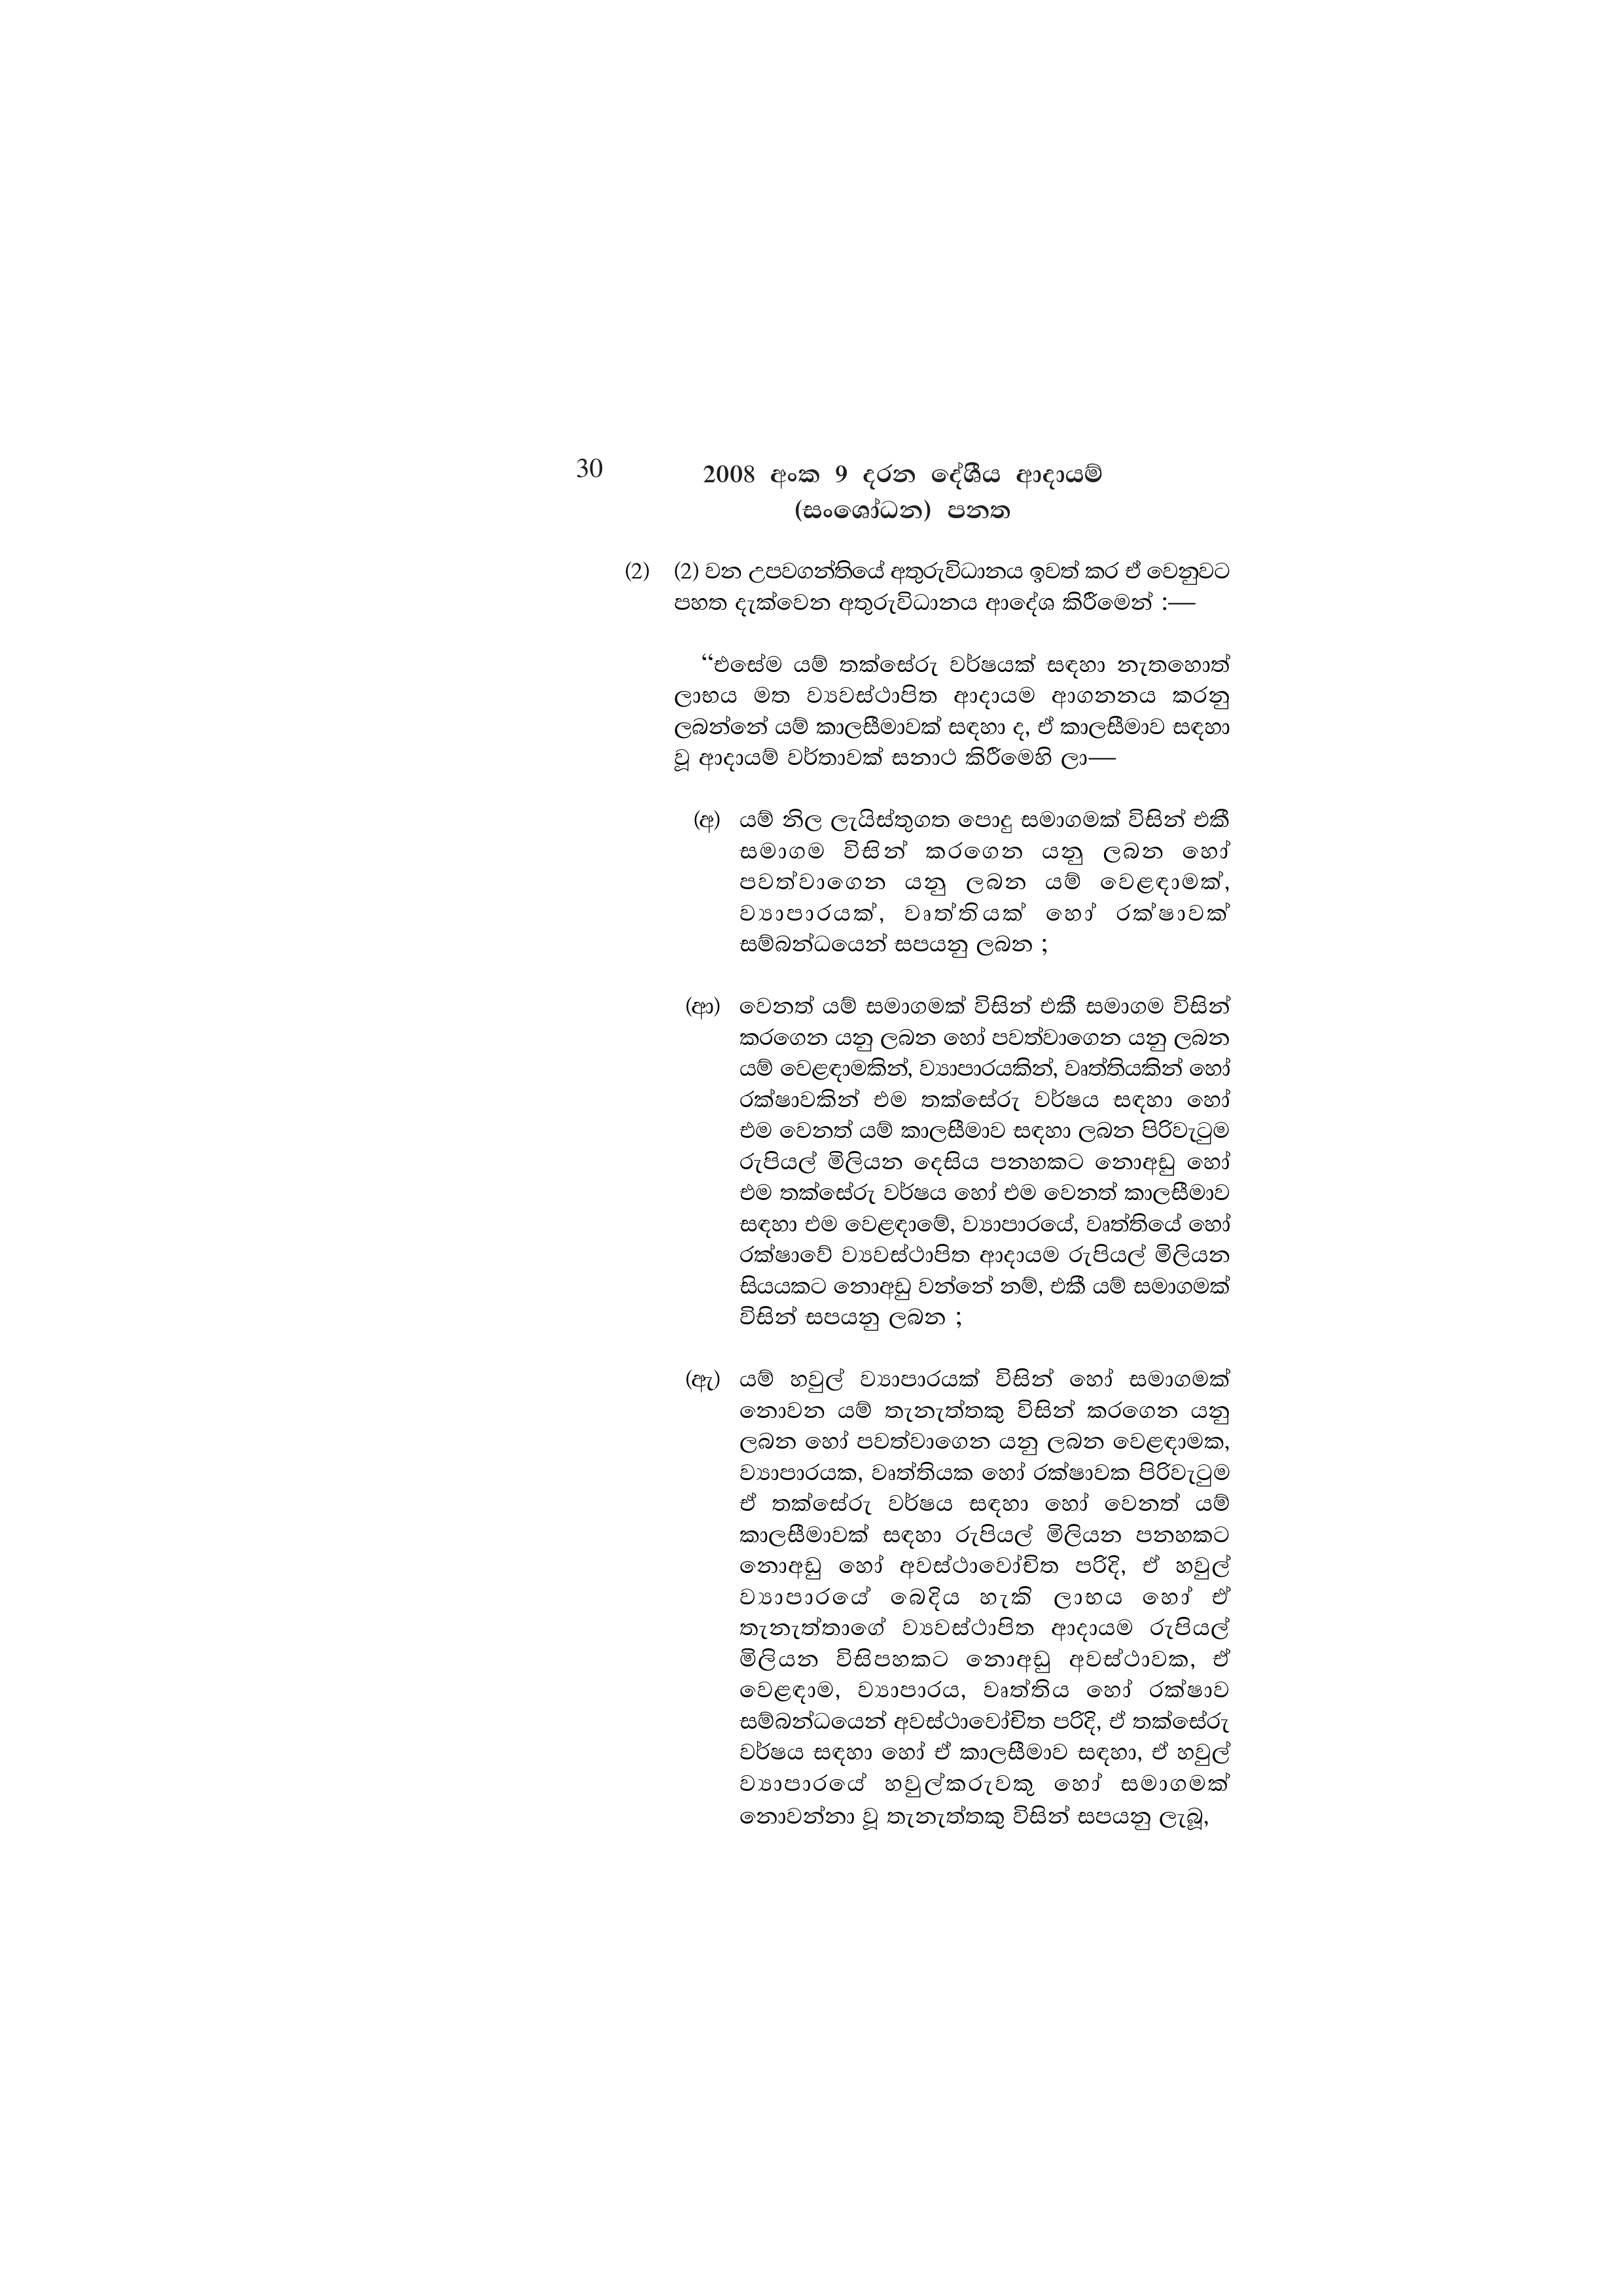
30 2008 අංක 9 දරන දේශීය ආදායම්
(සංශෝධන) පනත

(2) (2) වන උපවගන්තියේ අතුරුවිධානය ඉවත් කර ඒ වෙනුවට
පහත දැක්වෙන අතුරුවිධානය ආදේශ කිරීමෙන් :—

“එසේම යම් තක්සේරු වර්ෂයක් සඳහා නැතහොත්
ලාභය මත ව්‍යවස්ථාපිත ආදායම ආගනනය කරනු
ලබන්නේ යම් කාලසීමාවක් සඳහා ද, ඒ කාලසීමාව සඳහා
වූ ආදායම් වර්තාවක් සනාථ කිරීමෙහි ලා—

(අ) යම් නිල ලැයිස්තුගත පොදු සමාගමක් විසින් එකී
සමාගම විසින් කරගෙන යනු ලබන හෝ
පවත්වාගෙන යනු ලබන යම් වෙළඳාමක්,
ව්‍යාපාරයක්, වෘත්තියක් හෝ රක්ෂාවක්
සම්බන්ධයෙන් සපයනු ලබන ;

(ආ) වෙනත් යම් සමාගමක් විසින් එකී සමාගම විසින්
කරගෙන යනු ලබන හෝ පවත්වාගෙන යනු ලබන
යම් වෙළඳාමකින්, ව්‍යාපාරයකින්, වෘත්තියකින් හෝ
රක්ෂාවකින් එම තක්සේරු වර්ෂය සඳහා හෝ
එම වෙනත් යම් කාලසීමාව සඳහා ලබන පිරිවැටුම
රුපියල් මිලියන දෙසිය පනහකට නොඅඩු හෝ
එම තක්සේරු වර්ෂය හෝ එම වෙනත් කාලසීමාව
සඳහා එම වෙළඳාමේ, ව්‍යාපාරයේ, වෘත්තියේ හෝ
රක්ෂාවේ ව්‍යවස්ථාපිත ආදායම රුපියල් මිලියන
සියයකට නොඅඩු වන්නේ නම්, එකී යම් සමාගමක්
විසින් සපයනු ලබන ;

(ඇ) යම් හවුල් ව්‍යාපාරයක් විසින් හෝ සමාගමක්
නොවන යම් තැනැත්තකු විසින් කරගෙන යනු
ලබන හෝ පවත්වාගෙන යනු ලබන වෙළඳාමක,
ව්‍යාපාරයක, වෘත්තියක හෝ රක්ෂාවක පිරිවැටුම
ඒ තක්සේරු වර්ෂය සඳහා හෝ වෙනත් යම්
කාලසීමාවක් සඳහා රුපියල් මිලියන පනහකට
නොඅඩු හෝ අවස්ථාවෝචිත පරිදි, ඒ හවුල්
ව්‍යාපාරයේ බෙදිය හැකි ලාභය හෝ ඒ
තැනැත්තාගේ ව්‍යවස්ථාපිත ආදායම රුපියල්
මිලියන විසිපහකට නොඅඩු අවස්ථාවක, ඒ
වෙළඳාම, ව්‍යාපාරය, වෘත්තිය හෝ රක්ෂාව
සම්බන්ධයෙන් අවස්ථාවෝචිත පරිදි, ඒ තක්සේරු
වර්ෂය සඳහා හෝ ඒ කාලසීමාව සඳහා, ඒ හවුල්
ව්‍යාපාරයේ හවුල්කරුවකු හෝ සමාගමක්
නොවන්නා වූ තැනැත්තකු විසින් සපයනු ලැබූ,